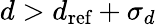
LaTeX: d>d_{\textrm{ref}}+\sigma_{d}